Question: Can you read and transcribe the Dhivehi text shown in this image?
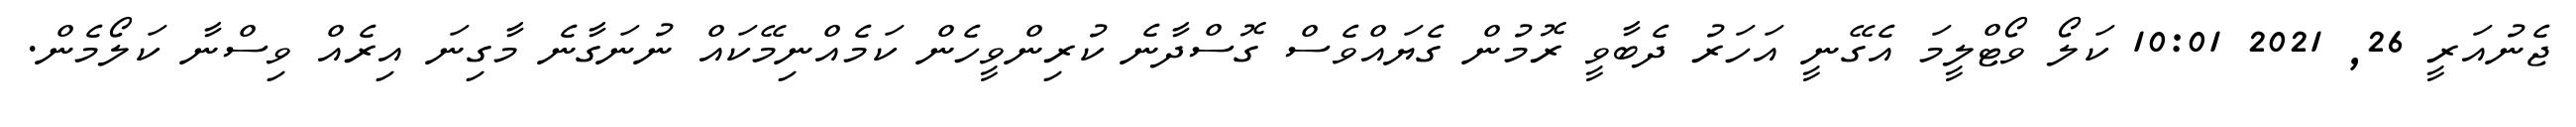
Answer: ޖެނުއަރީ 26, 2021 10:01 ކަލޯ ވޯޓްލީމަ އެގޭނީ އަހަރު ދެބާވީ ރޮމުން ގެޔައްވެސް ގޮސްދާނެ ކުރިންވީހެން ކަމެއްނިމޭކައް ނުނަގާނެ މާގިނަ އިރެއް ވިސްނާ ކަލޯމެން.